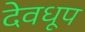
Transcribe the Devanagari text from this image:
देवधूप